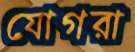
যোগরা